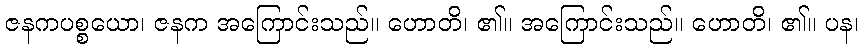
ဇနကပစ္စယော၊ ဇနက အကြောင်းသည်။ ဟောတိ၊ ၏။ အကြောင်းသည်။ ဟောတိ၊ ၏။ ပန၊